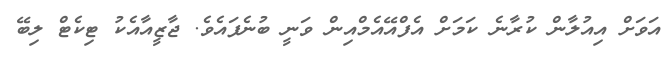
އަވަށް އިއުލާން ކުރާނެ ކަމަށް އެފްއޭއެމްއިން ވަނީ ބުނެފައެވެ. ޖާޒީއާއެކު ޓިކެޓް ލިބޭ